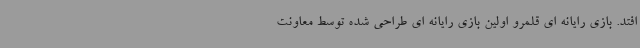
افتد. بازی رایانه ای قلمرو اولین بازی رایانه ای طراحی شده توسط معاونت